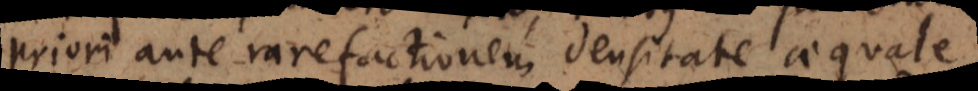
priori ante rarefactionem densitate aequale